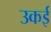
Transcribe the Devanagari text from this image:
उकई